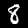
Digit: 8